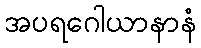
အပရဂေါယာနာနံ